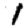
Digit: 1